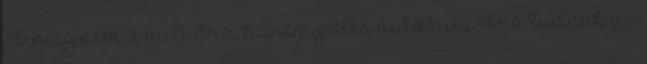
jelenleg nem a metróra, hanem pótló autóbuszokra tudnak az